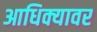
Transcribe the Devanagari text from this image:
आधिक्यावर